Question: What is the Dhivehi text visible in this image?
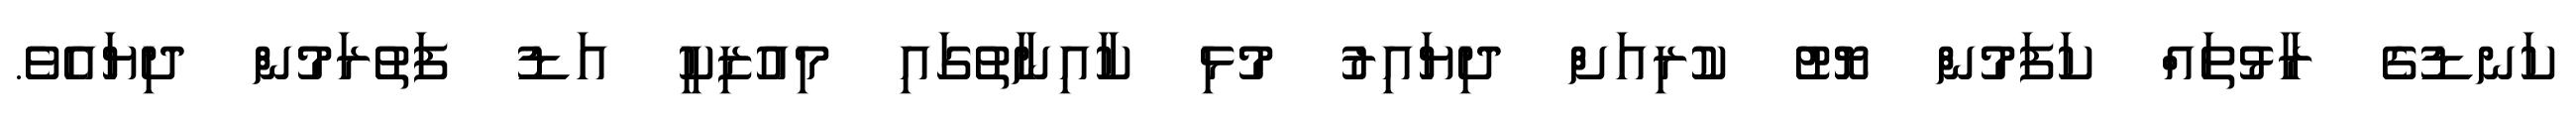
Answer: ކަނޑުގެ ރާޅުތައް ކަފަމުން ޔޮޓު ކުރިއަށް ދިޔައިރު މުޅި ކާއިނާތުގައި މިއުޒިކީ އަޑު ފަތުރަމުން ދިޔައެވެ.